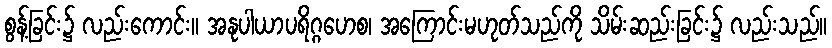
စွန့်ခြင်း၌ လည်းကောင်း။ အနုပါယာပရိဂ္ဂဟေစ၊ အကြောင်းမဟုတ်သည်ကို သိမ်းဆည်းခြင်း၌ လည်းသည်။